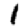
Digit: 1